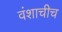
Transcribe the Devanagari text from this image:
वंशाचीच